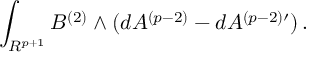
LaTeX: \int _ { R ^ { p + 1 } } B ^ { ( 2 ) } \wedge ( d A ^ { ( p - 2 ) } - d A ^ { ( p - 2 ) \prime } ) \, .